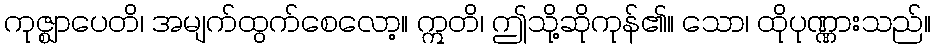
ကုဇ္ဈာပေတိ၊ အမျက်ထွက်စေလော့။ ဣတိ၊ ဤသို့ဆိုကုန်၏။ သော၊ ထိုပုဏ္ဏားသည်။